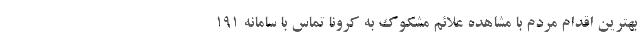
بهترین اقدام مردم با مشاهده علائم مشکوک به کرونا تماس با سامانه ۱۹۱